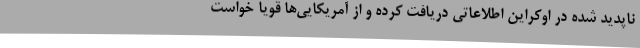
ناپدید شده در اوکراین اطلاعاتی دریافت کرده و از آمریکایی‌ها قویا خواست